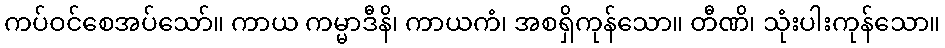
ကပ်ဝင်စေအပ်သော်။ ကာယ ကမ္မာဒီနိ၊ ကာယကံ၊ အစရှိကုန်သော။ တီဏိ၊ သုံးပါးကုန်သော။